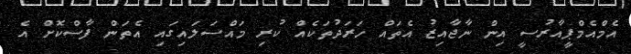
އެމްއެމްޕީއާރުސީ އިން ނާޖާއިޒު އެތައް ހަރަދުތަކެއް ކުރި މައްސަލައިގައި އެތަން ފާސްކޮށް އެ